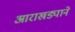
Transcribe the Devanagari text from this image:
आराखड्याने